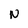
Character: N